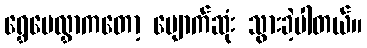
ရွှေပေလွှာကတော့ ပျောက်ဆုံး သွားခဲ့ပါတယ်။